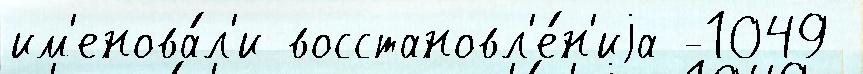
им'енова́л'и восстановл'е́н'иjа -1049